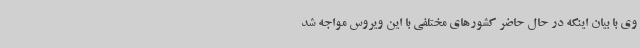
وی با بیان اینکه در حال حاضر کشورهای مختلفی با این ویروس مواجه شد